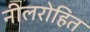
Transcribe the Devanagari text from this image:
नीलरोहित